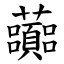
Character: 虈